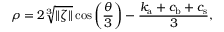
\rho = 2 \sqrt [ 3 ] { \| \zeta \| } \cos { \left( \frac { \theta } { 3 } \right) - \frac { k _ { \mathrm { a } } + c _ { \mathrm { b } } + c _ { \mathrm { s } } } { 3 } } ,